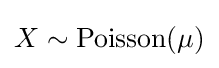
X\sim \operatorname {Poisson} (\mu )